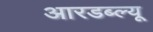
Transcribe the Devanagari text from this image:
आरडब्ल्यू